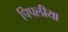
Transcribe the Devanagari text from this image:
पिपलीया